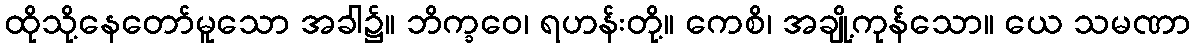
ထိုသို့နေတော်မူသော အခါ၌။ ဘိက္ခဝေ၊ ရဟန်းတို့။ ကေစိ၊ အချို့ကုန်သော။ ယေ သမဏာ